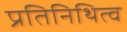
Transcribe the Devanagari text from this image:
प्रतिनिथित्व